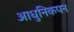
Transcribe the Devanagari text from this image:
आधुनिकपन